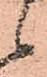
候